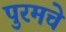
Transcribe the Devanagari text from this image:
पुरमचे